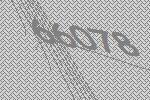
66078